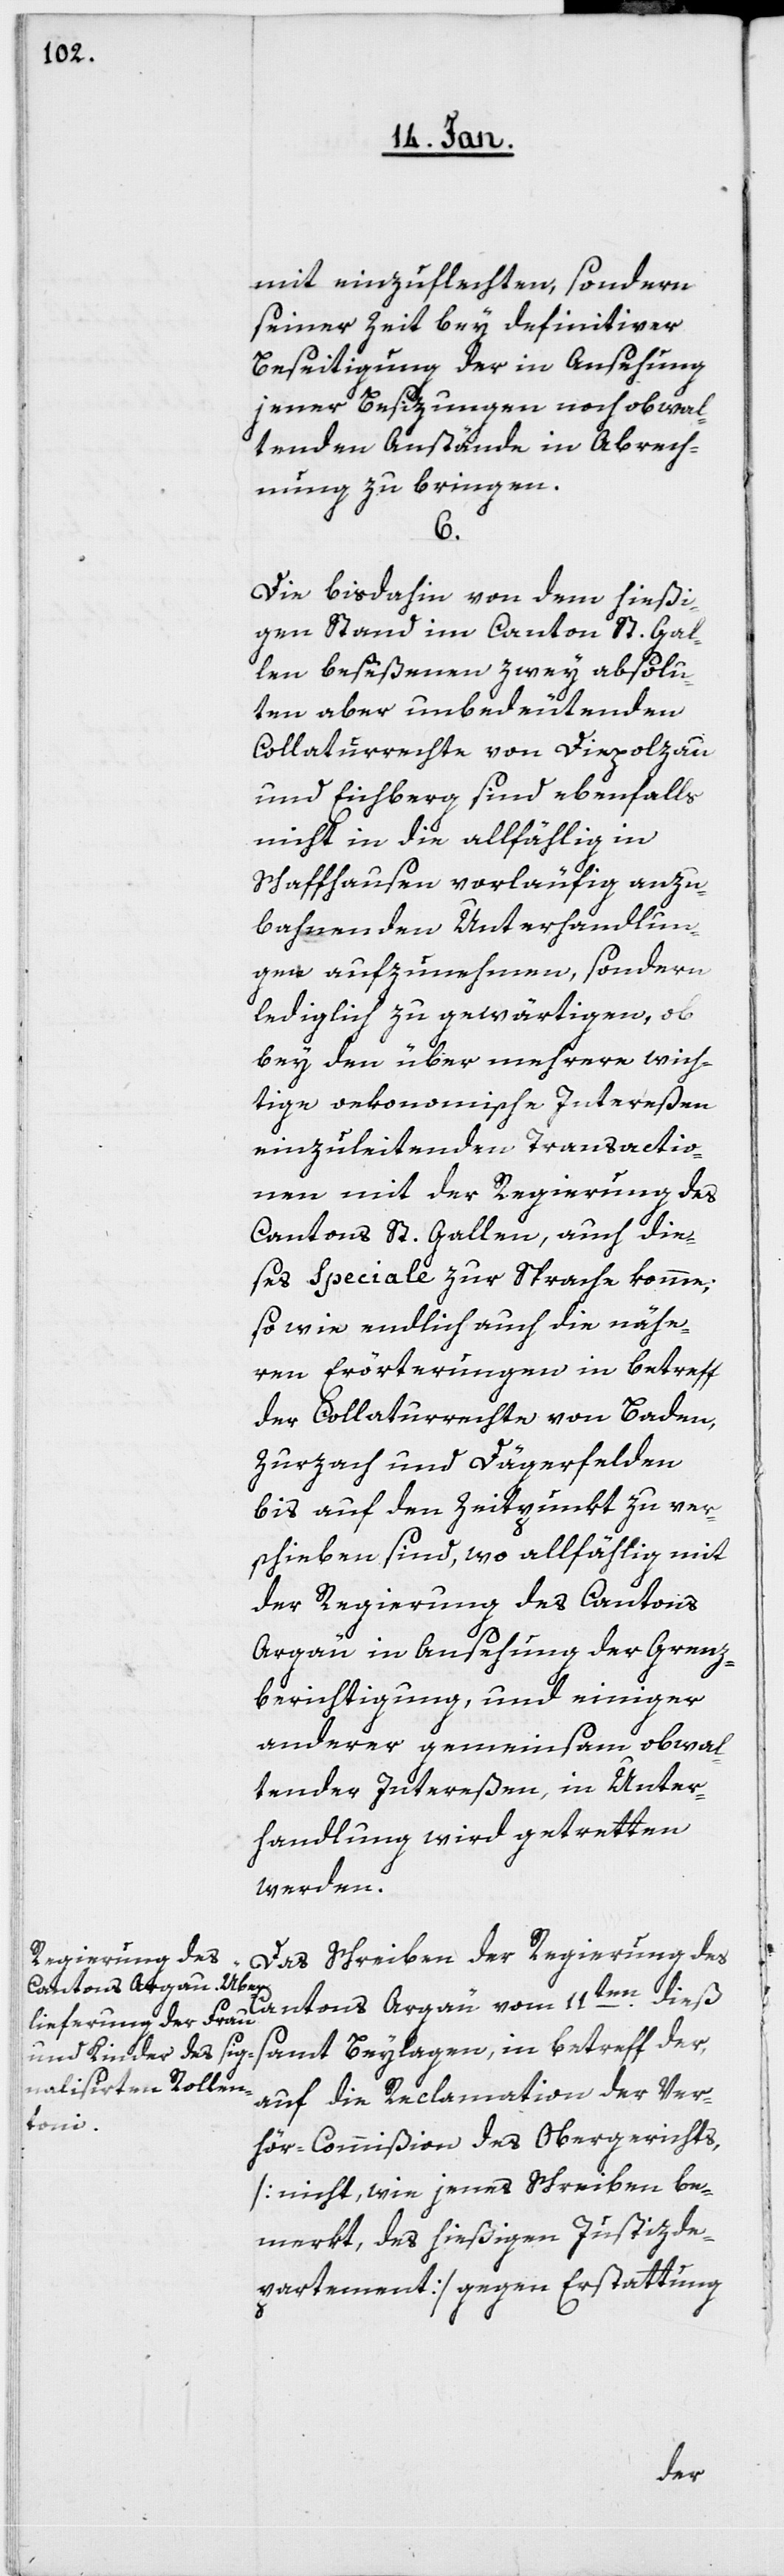
mit einzuflechten, sondern
seiner Zeit bey definitiver
Beseitigung der in Ansehung
jener Besizungen noch obwal¬
tenden Anstände in Abrech¬
nung zu bringen.
6.
Die bisdahin von dem hießi¬
gen Stand im Canton St. Gal¬
len beseßenen zwey absolu¬
ten aber unbedeutenden
Collaturrechte von Diepolzau
und Eichberg sind ebenfalls
nicht in die allfählig in
Schaffhausen vorläufig anzu¬
bahnenden Unterhandlun¬
gen aufzunehmen, sondern
lediglich zu gewärtigen, ob
bey den über mehrere wich¬
tige ökonomische Intereßen
einzuleitenden Transactio¬
nen mit der Regierung des
Cantons St. Gallen, auch die¬
ses Speciale zur Sprache komme;
so wie endlich auch die nähe¬
ren Erörterungen in betreff
der Collaturrechte von Baden,
Zurzach und Dägerfelden,
bis auf den Zeitpunkt zu ver¬
schieben sind, wo allfählig mit
der Regierung des Cantons
Argäu in Ansehung der Grenz¬
berichtigung und einiger
anderer gemeinsam obwal¬
tender Intereßen, in Unter¬
handlung wird getretten
werden.
Das Schreiben der Regierung des
Cantons Argäu vom 11ten. dieß
samt Beylagen, in betreff der,
auf die Reclamation der Ver¬
hör-Commißion des Obergerichts,
[nicht, wie jenes Schreiben be¬
merkt, des hießigen Justizde¬
partements] gegen Erstattung